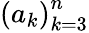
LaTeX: \left(a_{k}\right)_{k=3}^{n}